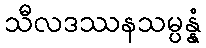
သီလဒဿနသမ္ပန္နံ